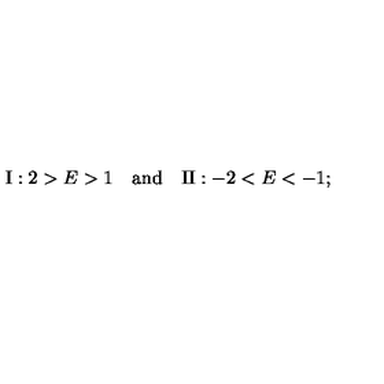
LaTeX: \mathrm { I } : 2 > E > 1 \quad \mathrm { a n d } \quad \mathrm { I I } : - 2 < E < - 1 ;